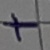
Text: +